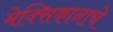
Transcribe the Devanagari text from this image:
मेक्सिकानाचे